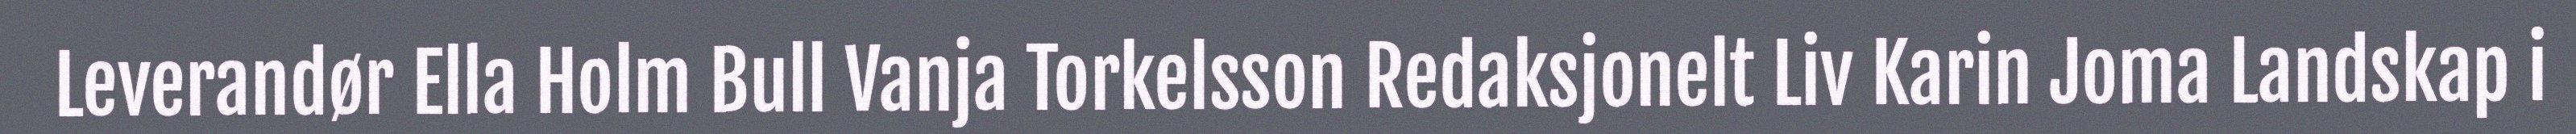
Leverandør Ella Holm Bull Vanja Torkelsson Redaksjonelt Liv Karin Joma Landskap i